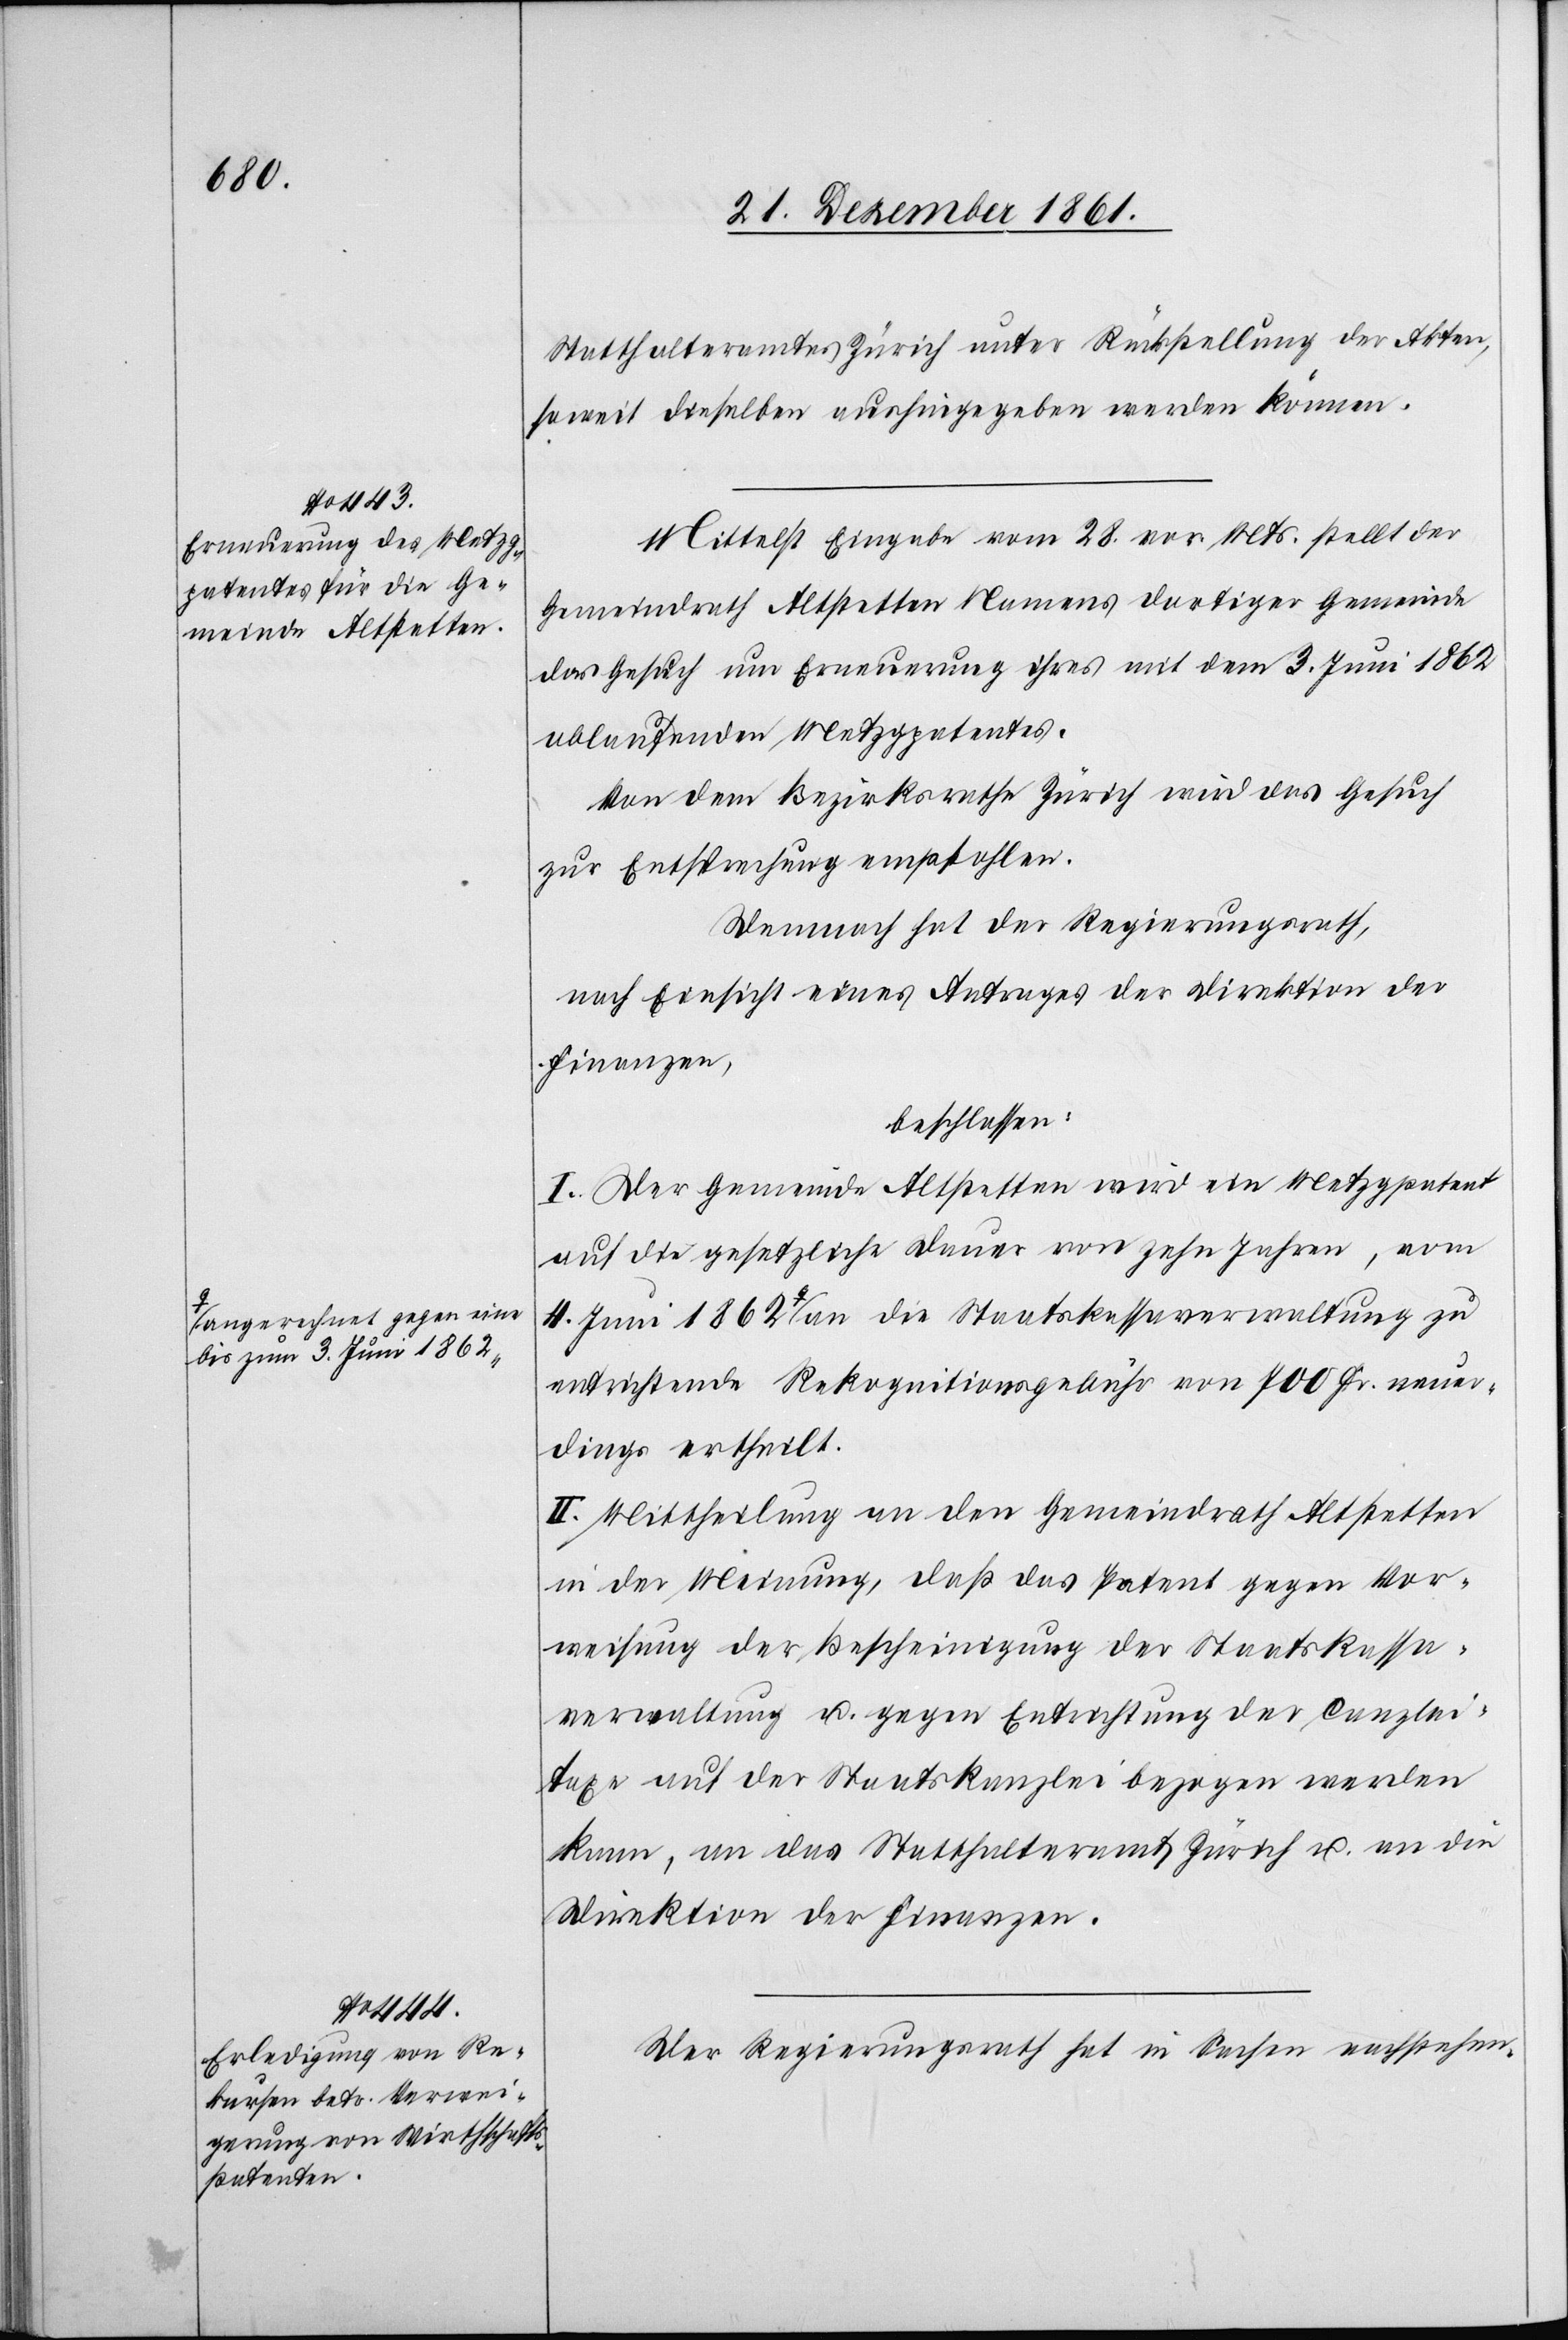
a-angerechnet gegen eine

Statthalteramtes Zürich unter Rückstellung der Akten,
soweit dieselben aushingegeben werden können.
Mittelst Eingabe vom 28 vor. Mts. stellt der
Gemeindrath Altstetten Namens der dortigen Gemeinde
das Gesuch um Erneuerung ihres mit dem 3 Juni 1862
ablaufenden Metzgpatentes.
Von dem Bezirksrathe Zürich wird das Gesuch
zur Entsprechung empfohlen.
Demnach hat der Regierungsrath,
nach Einsicht eines Antrages der Direktion der
Finanzen,
beschlossen:
I. Der Gemeinde Altstetten wird ein Metzgpatent
auf die gesetzliche Dauer von zehn Jahren, vom
3 Juni 1862-a an die Staatskassaverwaltung zu
entrichtende Rekognitionsgebühr von 700 Fr. neuer¬
dings ertheilt.
II. Mittheilung an den Gemeindrath Altstetten
in der Meinung, daß das Patent gegen Ver¬
weisung der Bescheinigung der Staatskassa¬
verwaltung u. gegen Entrichtung der Canzlei¬
taxe auf der Staatskanzlei bezogen werden
kann, an das Statthalteramt Zürich u. an die
Direktion der Finanzen.
Der Regierungsrath hat in Sachen nachstehen-